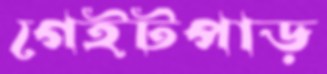
গেইটপাড়